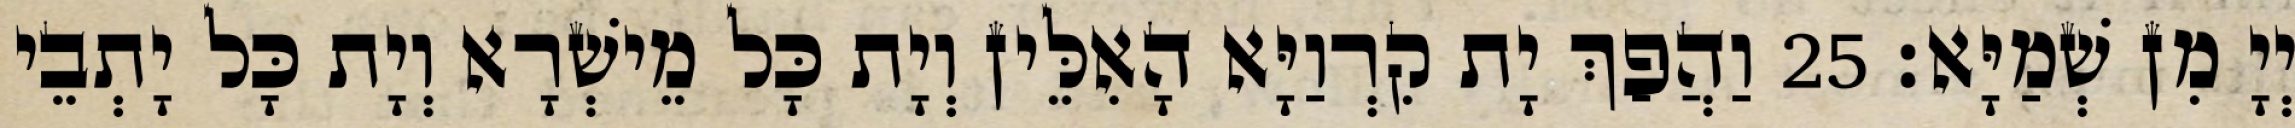
יְיָ מִן שְׁמַיָּא׃ 25 וַהֲפַךְ יָת קִרְוַיָּא הָאִלֵּין וְיָת כָּל מֵישְׁרָא וְיָת כָּל יָתְבֵי